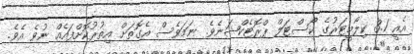
އެއީ 3.1 ކިލޯމީޓަރުގެ ކޯސްޓަލް ޕްރޮޓެކްޝަނެވެ. ނަމަވެސް އެގޮތަށް އިތުރުކޮށްފައެއް ނުވެ އެވެ.